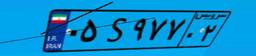
۰۵S۹۷۷۰۲